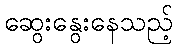
ဆွေးနွေးနေသည့်